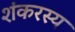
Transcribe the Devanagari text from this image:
शंकरस्य